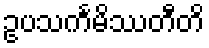
ဥပသင်္ကမိဿတီတိ